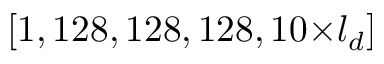
[ 1 , 1 2 8 , 1 2 8 , 1 2 8 , 1 0 \small { \times } l _ { d } ]